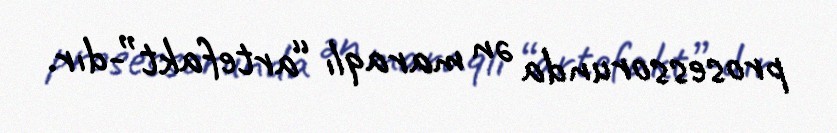
prosessorunda ən maraqlı “artefakt”-dır.